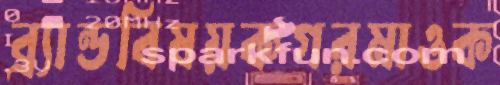
ব্র্যান্ডবিষয়কগরমাওক